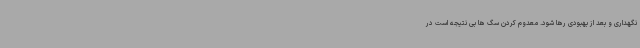
نگهداری و بعد از بهبودی رها شود. معدوم کردن سگ ها بی نتیجه است در